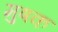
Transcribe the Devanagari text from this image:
मुषक